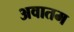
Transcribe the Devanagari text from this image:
अवातम